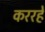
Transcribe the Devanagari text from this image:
कररहे